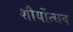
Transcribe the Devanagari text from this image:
शौर्योत्सव